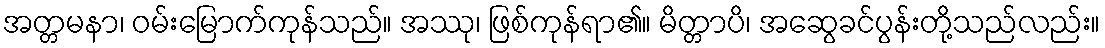
အတ္တမနာ၊ ဝမ်းမြောက်ကုန်သည်။ အဿု၊ ဖြစ်ကုန်ရာ၏။ မိတ္တာပိ၊ အဆွေခင်ပွန်းတို့သည်လည်း။